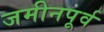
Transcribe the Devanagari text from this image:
जमीनपूर्व